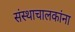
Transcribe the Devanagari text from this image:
संस्थाचालकांना